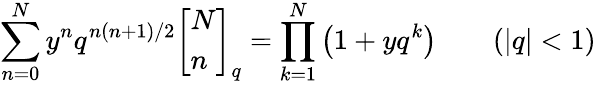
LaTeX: \sum_{n=0}^{N}y^{n}q^{n(n+1)/2}{\left[\begin{array}{l}{N}\\ {n}\end{array}\right]}_{q}=\prod_{k=1}^{N}\left(1+yq^{k}\right)\qquad(|q|<1)